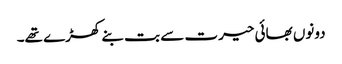
دونوں بھائی حیرت سے بت بنے کھڑے تھے۔